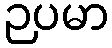
ဉပမာ